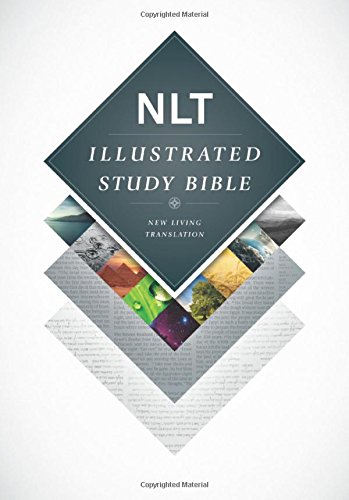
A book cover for Illustrated Study Bible NLT; Christian Books & Bibles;